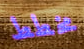
مخطط